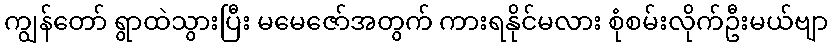
ကျွန်တော် ရွာထဲသွားပြီး မမေဇော်အတွက် ကားရနိုင်မလား စုံစမ်းလိုက်ဦးမယ်ဗျာ